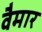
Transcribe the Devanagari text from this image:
वैमार